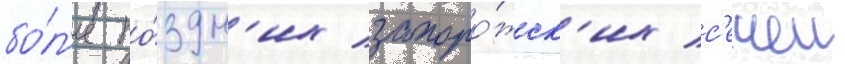
бо́л'ее по́здн'их запоро́жск'их с'ечеи